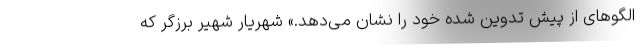
الگوهای از پیش تدوین شده خود را نشان می‌دهد.» شهریار شهیر برزگر که